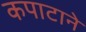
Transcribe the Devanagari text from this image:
कपाटाने